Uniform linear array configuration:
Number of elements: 64
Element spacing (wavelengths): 0.5
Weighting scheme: uniform
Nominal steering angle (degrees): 15
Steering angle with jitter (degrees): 15.855
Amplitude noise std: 0.05
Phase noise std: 0.05

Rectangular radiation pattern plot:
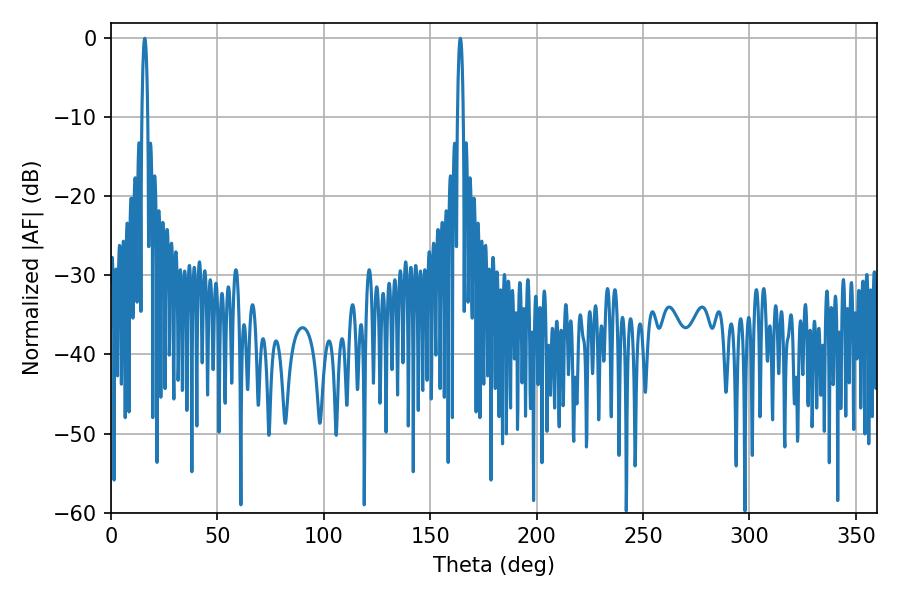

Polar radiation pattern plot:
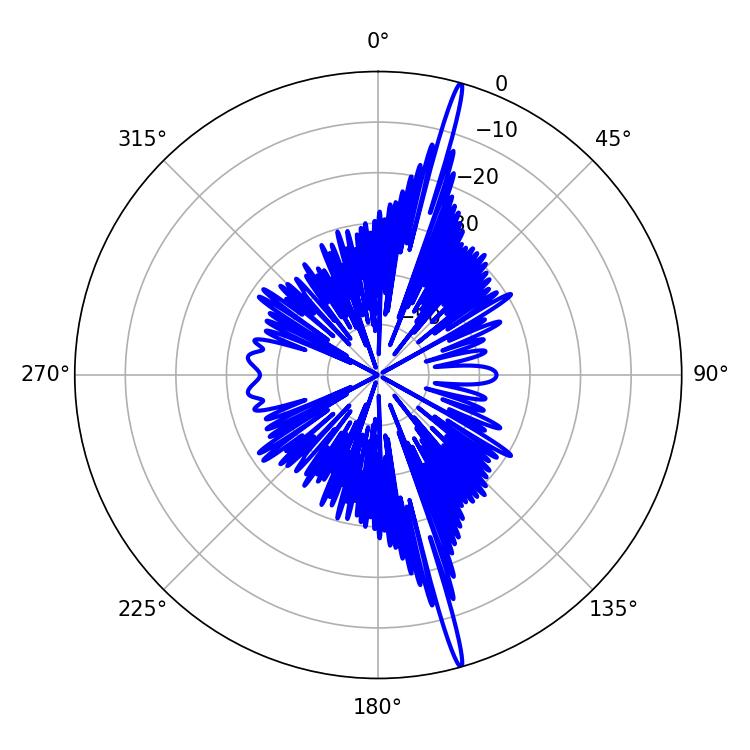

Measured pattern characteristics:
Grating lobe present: FALSE
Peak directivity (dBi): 20.548
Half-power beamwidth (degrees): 1.44
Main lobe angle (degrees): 15.84